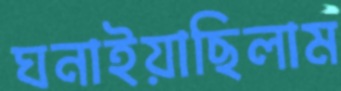
ঘনাইয়াছিলাম